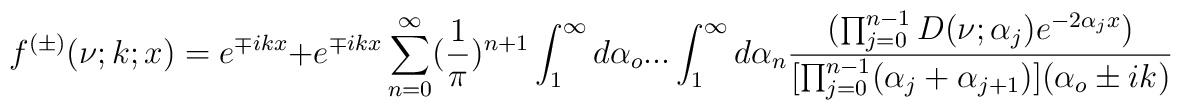
f^{(\pm)}(\nu;k;x)=e^{\mp ikx}+e^{\mp ikx}\sum_{n=0}^{\infty}(\frac{1}{\pi})^{n+1}\int_{1}^{\infty}d\alpha_o ...\int_{1}^{\infty}d\alpha_n\frac{(\prod_{j=0}^{n-1}D(\nu;\alpha_j)e^{-2\alpha_j x})}{[\prod_{j=0}^{n-1}(\alpha_j+\alpha_{j+1})](\alpha_o\pm ik)}